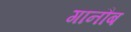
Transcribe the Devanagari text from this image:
गानौब